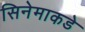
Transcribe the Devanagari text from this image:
सिनेमाकडे